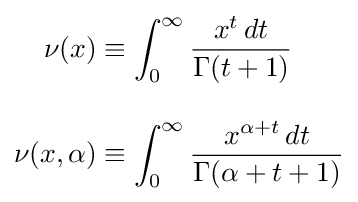
{\begin{aligned}\nu (x)&\equiv \int _{0}^{\infty }{\frac {x^{t}\,dt}{\Gamma (t+1)}}\\[10pt]\nu (x,\alpha )&\equiv \int _{0}^{\infty }{\frac {x^{\alpha +t}\,dt}{\Gamma (\alpha +t+1)}}\end{aligned}}